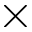
\times